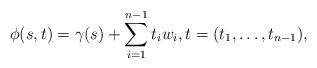
\begin{align*}\phi(s,t)=\gamma(s)+\sum_{i=1}^{n-1} t_iw_i,t=(t_1,\ldots,t_{n-1}),\end{align*}